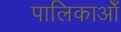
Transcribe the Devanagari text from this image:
पालिकाओँ